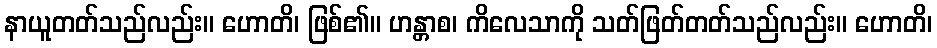
နာယူတတ်သည်လည်း။ ဟောတိ၊ ဖြစ်၏။ ဟန္တာစ၊ ကိလေသာကို သတ်ဖြတ်တတ်သည်လည်း။ ဟောတိ၊